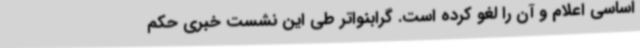
اساسی اعلام و آن را لغو کرده است. گرابنواتر طی این نشست خبری حکم